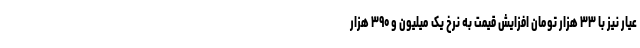
عیار نیز با ۳۳ هزار تومان افزایش قیمت به نرخ یک میلیون و ۳۹۰ هزار